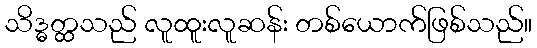
သိဒ္ဓတ္ထသည် လူထူးလူဆန်း တစ်ယောက်ဖြစ်သည်။